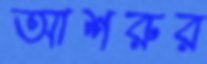
আশরুর